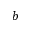
b